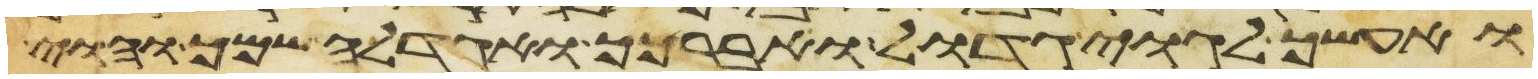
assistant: ואעשך לגוי גדול ואברכך ואגדלה שמך והוי